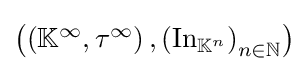
\textstyle \left(\left(\mathbb {K} ^{\infty },\tau ^{\infty }\right),\left(\operatorname {In} _{\mathbb {K} ^{n}}\right)_{n\in \mathbb {N} }\right)